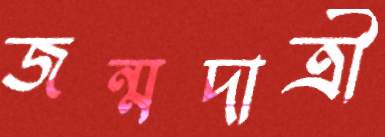
জন্মদাত্রী